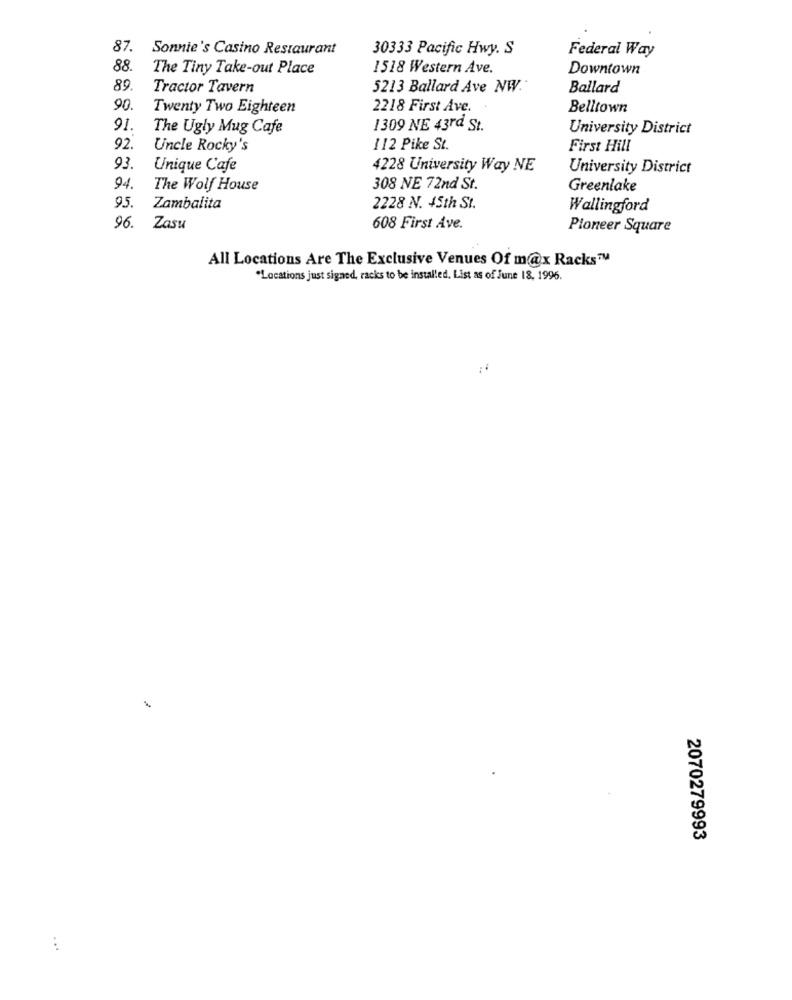
87.
Sonnie's Casino Restaurant
30333 Pacific Hwy. S
Federal Way
88.
The Tiny Take-out Place
1518 Western Ave.
Downtown
89.
Tractor Tavern
5213 Ballard Ave NW.
Ballard
90.
Twenty Two Eighteen
2218 First Ave.
Belltown
91.
The Ugly Mug Cafe
1309 NE 43rd St.
University District
92.
Uncle Rocky's
112 Pike St.
First Hill
93
Unique Cafe
4228 University Way NE
University District
94.
The Wolf House
308 NE 72nd St.
Greenlake
95.
Zambalita
2228 N. 45th St.
Wallingford
96.
Zasu
608 First Ave.
Pioneer Square
All Locations Are The Exclusive Venues Of m@x Racks™
"Locations just signed, racks to be installed. List as of June 18, 1996.
2070279993
...